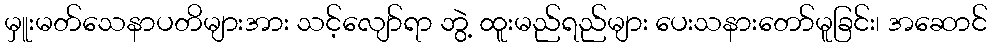
မှူးမတ်သေနာပတိများအား သင့်လျော်ရာ ဘွဲ့ ထူးမည်ရည်များ ပေးသနားတော်မူခြင်း၊ အဆောင်